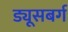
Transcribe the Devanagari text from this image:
ड्यूसबर्ग